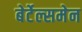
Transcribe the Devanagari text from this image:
बेर्टेल्समेन